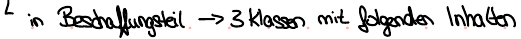
in Beschaffungsteil -> 3 Klassen mit folgenden Inhalten